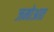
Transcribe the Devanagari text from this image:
जमोआत